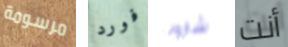
مرسومة فورد شارونا أنت